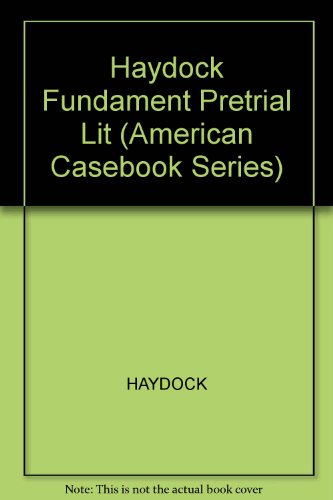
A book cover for Fundamentals of Pre-Trial Litigation, 4th edition; Roger S. Haydock; Law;